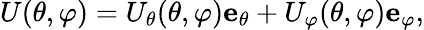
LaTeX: U(\theta,\varphi)=U_{\theta}(\theta,\varphi)\mathbf{e}_{\theta}+U_{\varphi}(\theta,\varphi)\mathbf{e}_{\varphi},